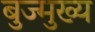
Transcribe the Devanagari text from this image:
बुज्मुख्य